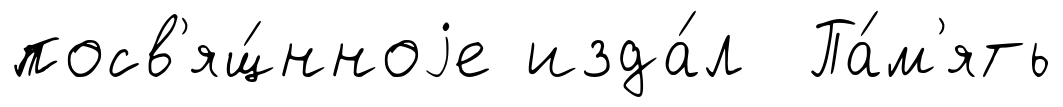
посв'ящ́нноjе изда́л Па́м'ять